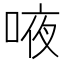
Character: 㖡